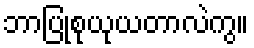
ဘာပြုစုယုယတာလဲကွ။